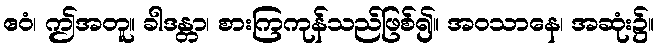
ဧဝံ၊ ဤအတူ။ ခါဒန္တာ၊ စားကြကုန်သည်ဖြစ်၍။ အဝသာနေ၊ အဆုံး၌။